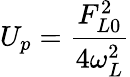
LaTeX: U_{p}=\frac{F_{L0}^{2}}{4\omega_{L}^{2}}